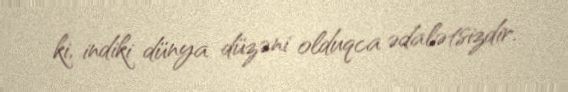
ki, indiki dünya düzəni olduqca ədalətsizdir.